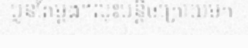
ប្លន់តែម្តង។លុះបន្តិចក្រោយមក